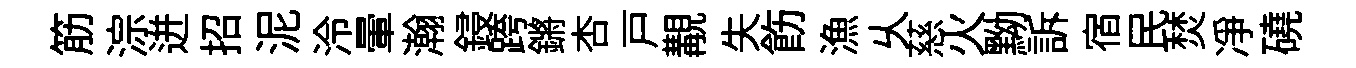
筋淙迸招泥泠暈瀚鋟跨鏘杏戸覯失飭漁乆慈火黝訴宿民焚净磽